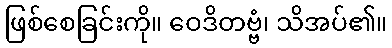
ဖြစ်စေခြင်းကို။ ဝေဒိတဗ္ဗံ၊ သိအပ်၏။